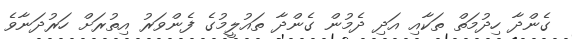
ގެންދާ ހިދުމަތް ތަކާއި އަދި ދެމުން ގެންދާ ތައުލީމުގެ ފެންވަރު އިތުރަށް ހަރުދަނާވެ